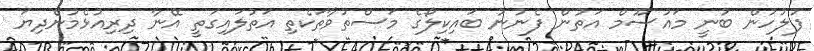
ފުލުހުން ބުނީ މައުސޫމް އަތުން ފެނުނު ބައިކިލޯގެ މަސްތުވާތަކެތި އަތުލައިގަތީ އޭނާ ދިރިއުޅެމުންދިޔަ